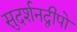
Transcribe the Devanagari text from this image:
सुदर्शनद्वीपो